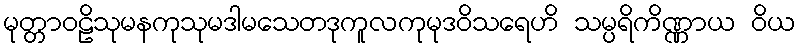
မုတ္တာဝဠိသုမနကုသုမဒါမသေတဒုကူလကုမုဒဝိသရေဟိ သမ္ပရိကိဏ္ဏာယ ဝိယ